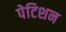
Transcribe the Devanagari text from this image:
पेटिशन